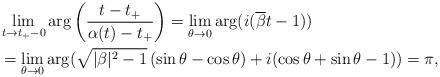
LaTeX: \begin{align*}&\lim_{t\to t_+-0} \arg \left ( \frac{t-t_+}{\alpha(t)-t_+}\right)=\lim_{\theta\to0}\arg(i(\overline{\beta}t-1) )\\ &=\lim_{\theta\to 0}\arg( \sqrt{|\beta|^2-1}\,(\sin\theta- \cos\theta) + i(\cos \theta+\sin \theta - 1))=\pi ,\end{align*}